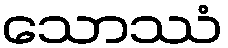
သောဿံ